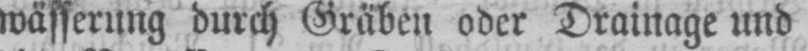
wässerung durch Gräben oder Drainage und